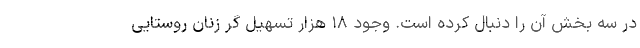
در سه بخش آن را دنبال کرده است. وجود ۱۸ هزار تسهیل گر زنان روستایی